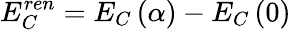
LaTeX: E_{C}^{ren}=E_{C}\left(\alpha\right)-E_{C}\left(0\right)